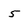
Character: 5